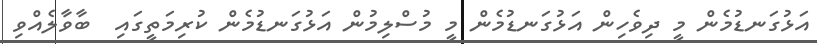
އަޅުގަނޑުމެން މީ ދިވެހިން އަޅުގަނޑުމެން މީ މުސްލިމުން އަޅުގަނޑުމެން ކުރިމަތީގައި  ބާވާލެއްވި